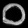
Digit: ၀